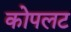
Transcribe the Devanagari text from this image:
कोपलट